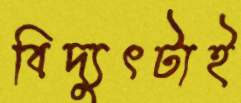
বিদ্যুৎটাই